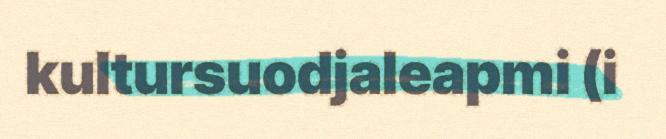
kultursuodjaleapmi (i